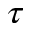
\tau